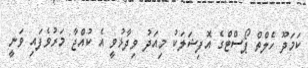
ކަމަދޫ ހެލްތް ޕޯސްޓްގެ އޮފިޝަލަކު މިއަދު ވިދާޅުވީ އެ ކުއްޖާ މަރުވެފައި ވަނީ